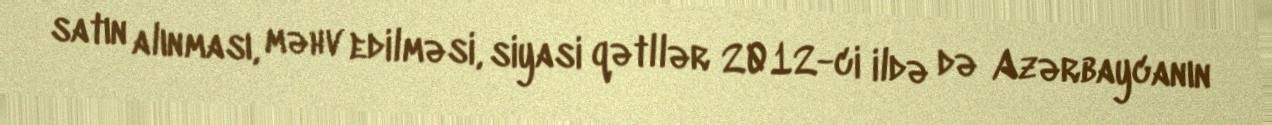
satın alınması, məhv edilməsi, siyasi qətllər 2012-ci ildə də Azərbaycanın